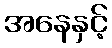
အနေနှင့်